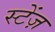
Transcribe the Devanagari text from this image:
स्टेंज़